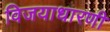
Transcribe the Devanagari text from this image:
विजयाधारणी